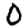
Digit: 0